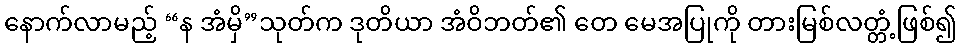
နောက်လာမည့် “န အံမှိ”သုတ်က ဒုတိယာ အံဝိဘတ်၏ တေ မေအပြုကို တားမြစ်လတ္တံ့ဖြစ်၍